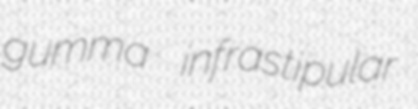
gumma infrastipular